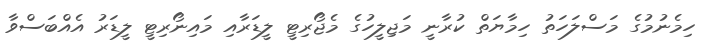
ހިމެނުމުގެ މަސްލަހަތު ހިމާޔަތް ކުރާނީ މަޖިލީހުގެ މެޖޯރިޓީ ލީޑަރާއި މައިނޯރިޓީ ލީޑަރު އެއްބަސްވާ